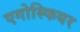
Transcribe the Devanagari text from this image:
एगोस्फियर